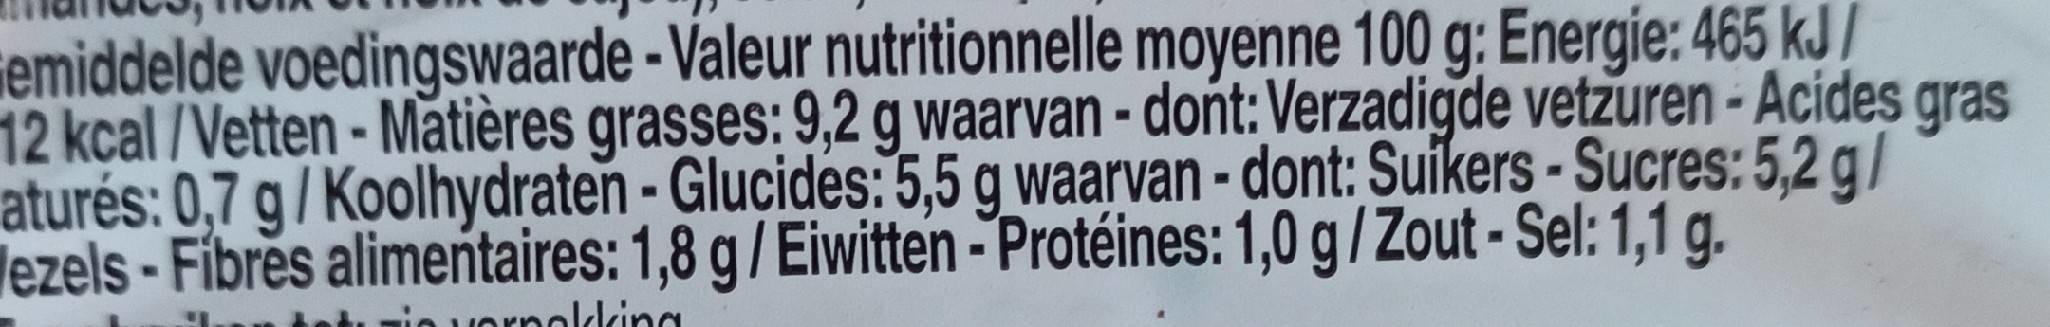
iemiddelde voedingswaarde - Valeur nutritionnelle moyenne 100 g: Energie: 465 kJ / 12 kcal/Vetten- Matières grasses: 9,2 g waarvan - dont: Verzadigde vetzuren - Acides gras aturés: 0,7 g / Koolhydraten - Glucides: 5,5 g waarvan - dont: Suikers-Sucres: 5,2 g/ lezels-Fibres alimeńtaires: 1,8 g/ Eiwitten - Protéines: 1,0 g/Zout-Sel: 1,1 g.
rnolding